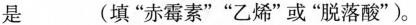
是 (填”赤霉素””乙烯”或”脱落酸”)。